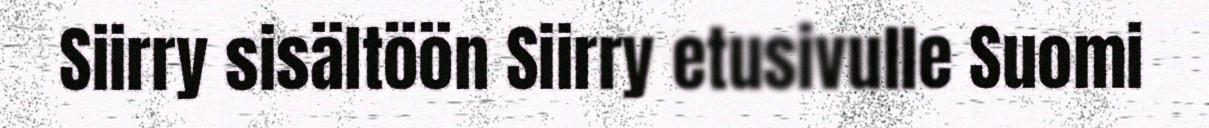
Siirry sisältöön Siirry etusivulle Suomi